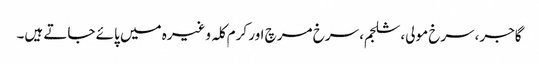
گاجر،سرخ مولی، شلجم، سرخ مرچ اور کرم کلہ وغیرہ میں پائے جاتے ہیں۔